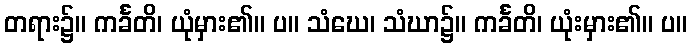
တရား၌။ ကင်္ခတိ၊ ယုံမှား၏။ ပ။ သံဃေ၊ သံဃာ၌။ ကင်္ခတိ၊ ယုံးမှား၏။ ပ။